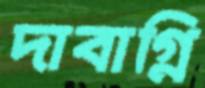
দাবাগ্নি